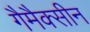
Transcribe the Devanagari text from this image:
गैमैक्सीन